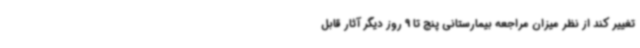
تغییر کند از نظر میزان مراجعه بیمارستانی پنج تا 9 روز دیگر آثار قابل